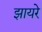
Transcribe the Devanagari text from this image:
झायरे